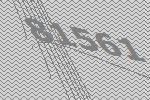
81561